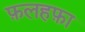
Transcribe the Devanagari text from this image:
फ़लहफ़ा